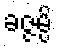
ခဇ္ဇမ္ပိ